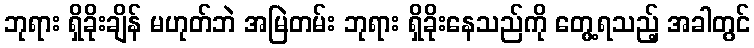
ဘုရား ရှိခိုးချိန် မဟုတ်ဘဲ အမြဲတမ်း ဘုရား ရှိခိုးနေသည်ကို တွေ့ရသည့် အခါတွင်